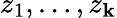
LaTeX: z_{1},\ldots,z_{\mathbf{k}}